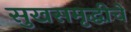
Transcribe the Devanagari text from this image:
सुखसमृद्धीचे